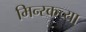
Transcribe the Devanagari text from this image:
मिन्स्कच्या